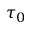
\tau _ { 0 }